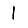
Digit: 1